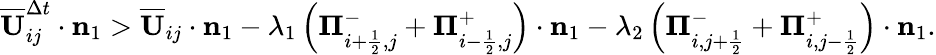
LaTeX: \begin{array}{r}{\overline{{\mathbf{U}}}_{ij}^{\Delta t}\cdot\mathbf{n}_{1}>\overline{{\mathbf{U}}}_{ij}\cdot{\mathbf n}_{1}-\lambda_{1}\left({\mathbf\Pi}_{i+\frac{1}{2},j}^{-}+{\mathbf\Pi}_{i-\frac{1}{2},j}^{+}\right)\cdot{\mathbf n}_{1}-\lambda_{2}\left({\mathbf\Pi}_{i,j+\frac{1}{2}}^{-}+{\mathbf\Pi}_{i,j-\frac{1}{2}}^{+}\right)\cdot{\mathbf n}_{1}.}\end{array}